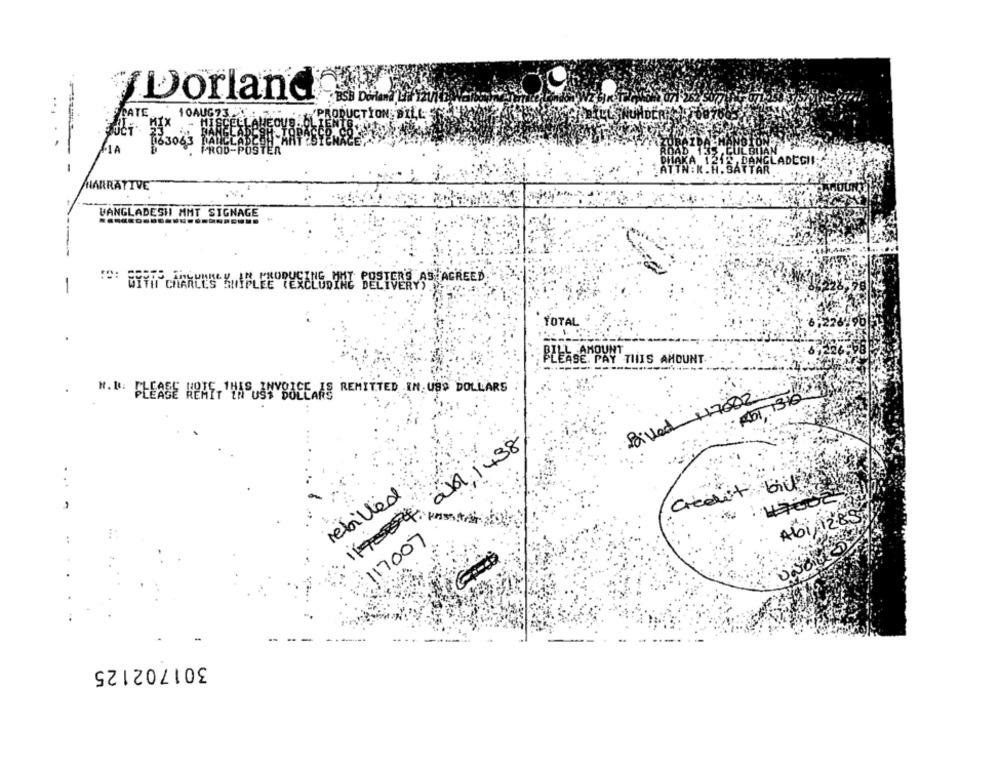
Dorlando
RATE
10AUG
RODUCTION DIL
.
IA
BOLT 83043
NGLADEGH!
-
TAR
HARRÄTTVE
VANGLADESH MMT SIGNAGE
-
TOTAL
L AMOUNT
PLEASE PAY THIS AMOUNT.
.
".": PLEASE KRAFT 1HAUSWYSIEE AS REMITTED IN, USS DOLLARS
Dived +17002
0 1438
credit GU
...
rebilled
Ab1, 1285
117007
301702125